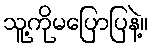
သူ့ကိုမပြောပြနဲ့။